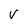
Character: V